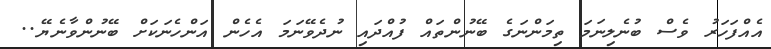
އެއްފަހަރު ވެސް ބުނެލިނަމަ ތިމަންނަގެ ބޭނުންތައް ފުއްދައި ނުދެވޭނަމަ އެހެން އަންހެނަކަށް ބޭނުންވާނެޔޭ..